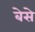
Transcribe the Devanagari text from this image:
बेसे